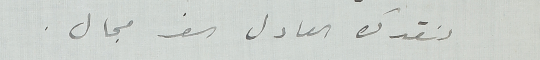
لنقدك العادل الف مجال.